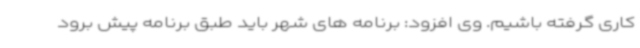
کاری گرفته باشیم. وی افزود: برنامه های شهر باید طبق برنامه پیش برود